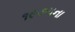
૧૯૭૫ના